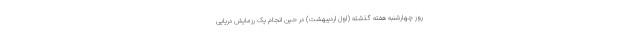
روز چهارشنبه هفته گذشته (اول اردیبهشت) در حین انجام یک رزمایش دریایی